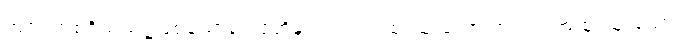
အရပ်အစရှိသည်၌ဖြစ်သောရူပါရုံတို့နှင့်။ ဝါ၊ အထူးထူးသော အရပ်။ အထူးထူးသော